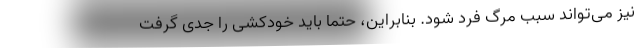
نیز می‌تواند سبب مرگ فرد شود. بنابراین، حتماً باید خودکشی را جدی گرفت